Senior Leaving Certificate Examination (including Day School Certificate (Higher) General paper), 1946
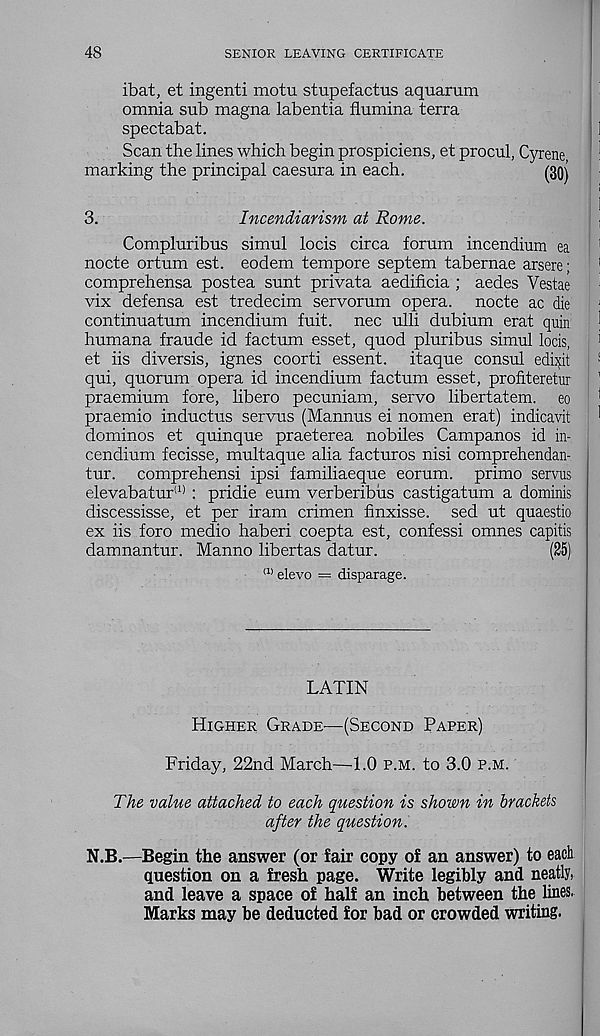
48
SENIOR LEAVING CERTIFICATE
ibat, et ingenti motu stupefactus aquarum
omnia sub magna labentia flumina terra
spectabat.
Scan the lines which begin prospiciens, et procul, Cyrene
marking the principal caesura in each.
(30j
3.
Incendiarism at Rome.
Compluribus simul locis circa forum incendium ea
nocte ortum est. eodem tempore septem tabernae arsere;
comprehensa postea sunt privata aedificia ; aedes Vestae
vix defensa est tredecim servorum opera, nocte ac die
continuatum incendium fuit. nec ulli dubium erat quin
humana fraude id factum esset, quod pluribus simul locis,
et iis diversis, ignes coorti essent. itaque consul ediiqt
qui, quorum opera id incendium factum esset, profiteretur
praemium fore, libero pecuniam, servo libertatem. eo
praemio inductus servus (Mannus ei nomen erat) indicavit
dominos et quinque praeterea nobiles Campanos id in-
cendium fecisse, multaque alia facturos nisi comprehendan-
tur. comprehensi ipsi familiaeque eorum. primo servus
elevabatur'' 1) : pridie eum verberibiis castigatum a dominis
discessisse, et per iram crimen finxisse. sed ut quaestio
ex iis foro medio haberi coepta est, confessi omnes capitis
damnantur. Manno libertas datur.
(25)
w> elevo — disparage.
LATIN
Higher Grade'—(Second Paper)
Friday, 22nd March—1.0 p.m. to 3.0 p.m.
The value attached to each question is shown in brackets
after the question.
N.B.—Begin the answer (or fair copy of an answer) to each
question on a fresh page. Write legibly and neatly,
and leave a space of half an inch between the lines.
Marks may be deducted for bad or crowded writing.